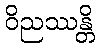
ဝိညဿန္တိ